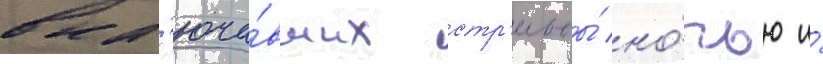
вкл'юча́вших стр'ельбы́ но́чью и́